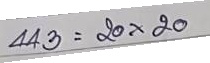
443 = 20 x 20